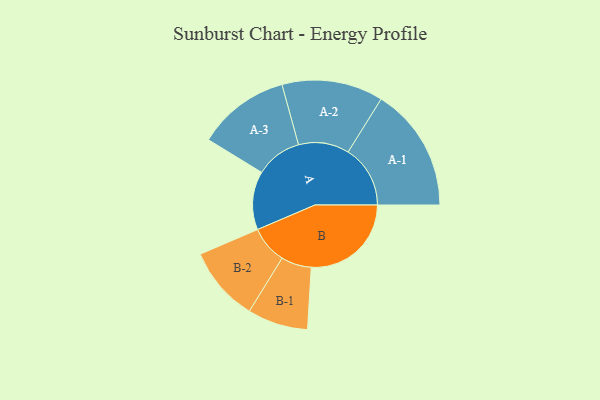
{"axis": {"x": "Segment", "y": "Value"}, "legend": ["", "A", "B"], "data": [{"x": "A", "y": 224, "type": ""}, {"x": "B", "y": 383, "type": ""}, {"x": "A-1", "y": 238, "type": "A"}, {"x": "A-2", "y": 194, "type": "A"}, {"x": "A-3", "y": 177, "type": "A"}, {"x": "B-1", "y": 116, "type": "B"}, {"x": "B-2", "y": 144, "type": "B"}]}